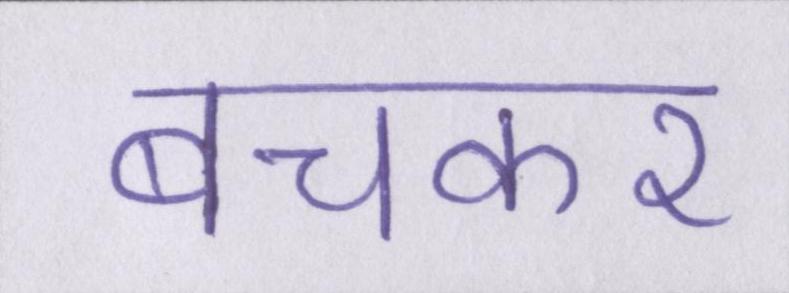
बचकर